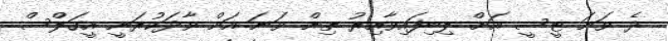
ދެ ވަނަ ޓީސީ އަށް ލިބިފައިވާއިރު ތިން ވަނަ އަށް ވާދަކުރަނީ އީގަލްސް